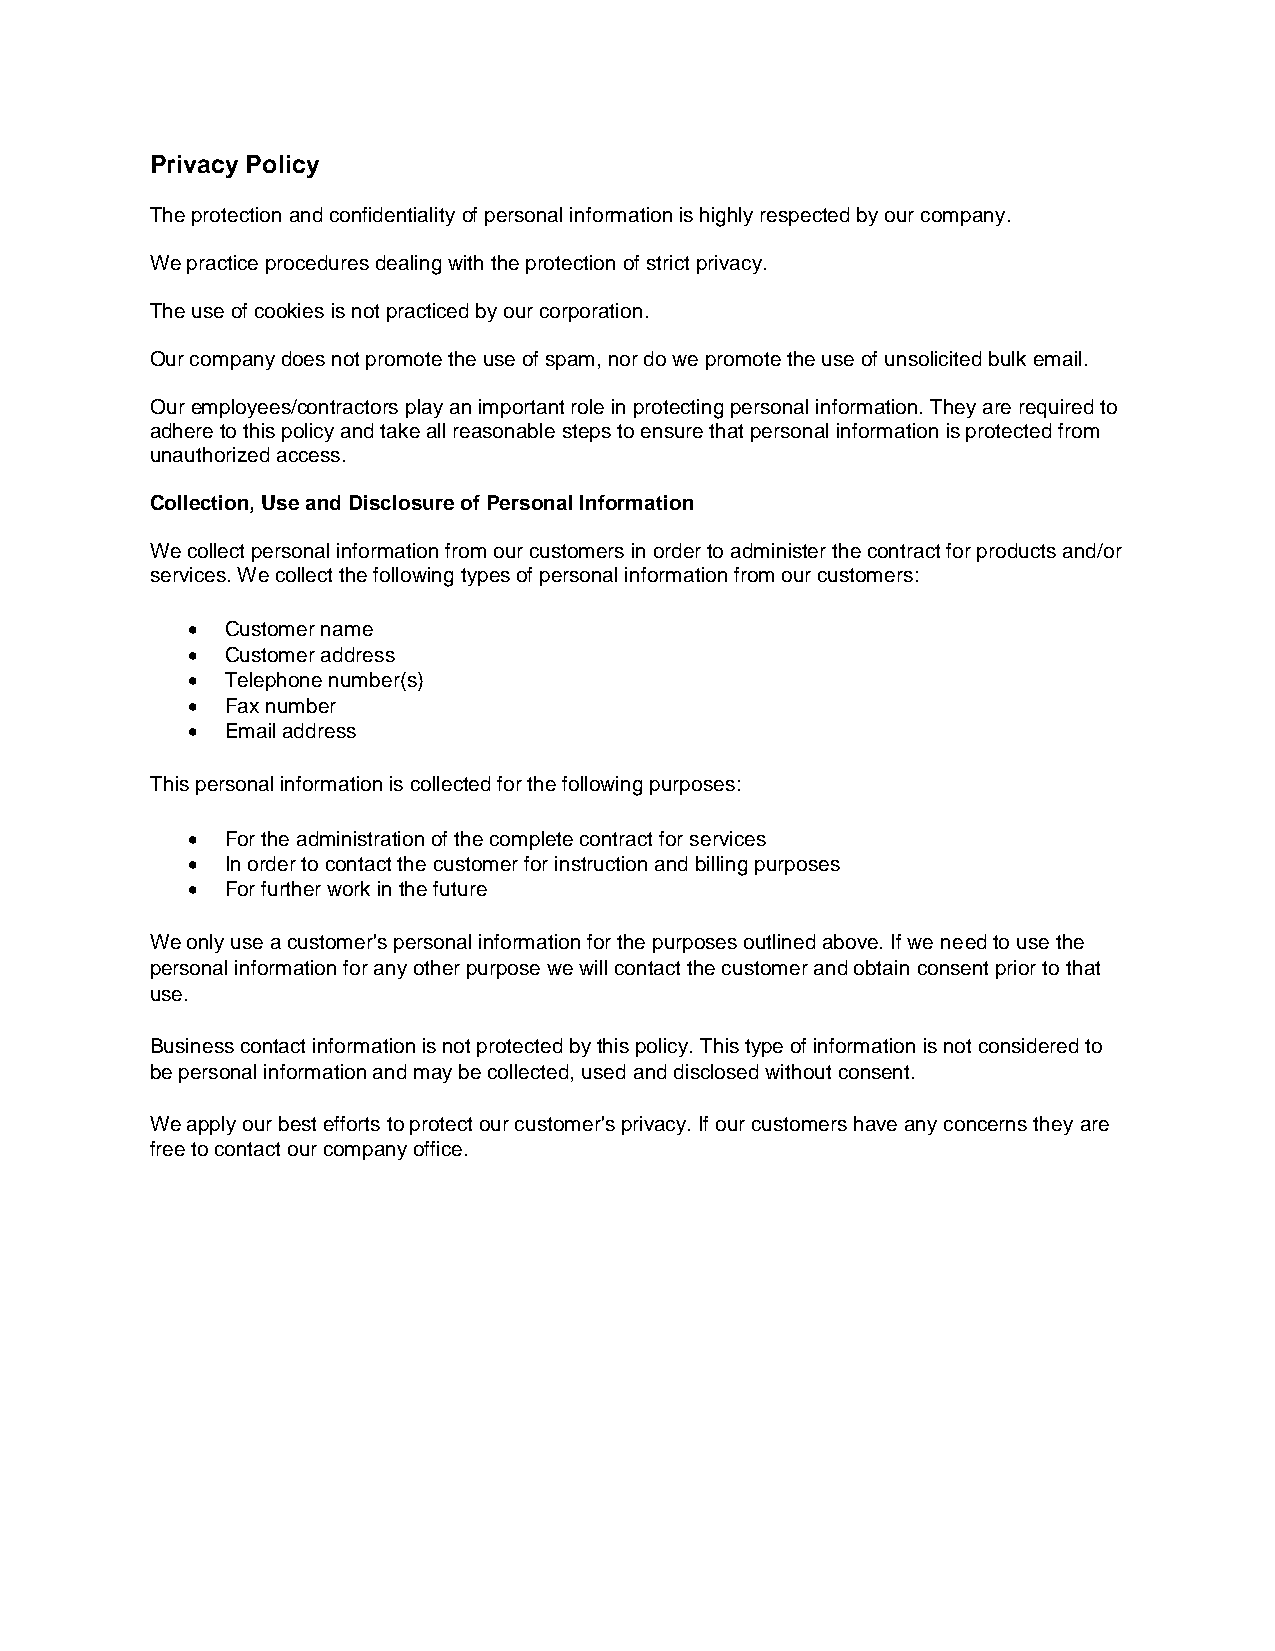
Privacy Policy
 The protection and confidentiality of personal information is highly respected by our company.
 We practice procedures dealing with the protection of strict privacy.
 The use of cookies is not practiced by our corporation.
 Our company does not promote the use of spam, nor do we promote the use of unsolicited bulk email.
 Our employees/contractors play an important role in protecting personal information. They are required to
 adhere to this policy and take all reasonable steps to ensure that personal information is protected from
 unauthorized access.
 Collection, Use and Disclosure of Personal Information
 We collect personal information from our customers in order to administer the contract for products and/or
 services. We collect the following types of personal information from our customers:
   Customer name
   Customer address
   Telephone number(s)
   Fax number
   Email address
 This personal information is collected for the following purposes:
   For the administration of the complete contract for services
   In order to contact the customer for instruction and billing purposes
   For further work in the future
 We only use a customer's personal information for the purposes outlined above. If we need to use the
 personal information for any other purpose we will contact the customer and obtain consent prior to that
 use.
 Business contact information is not protected by this policy. This type of information is not considered to
 be personal information and may be collected, used and disclosed without consent.
 We apply our best efforts to protect our customer's privacy. If our customers have any concerns they are
 free to contact our company office.